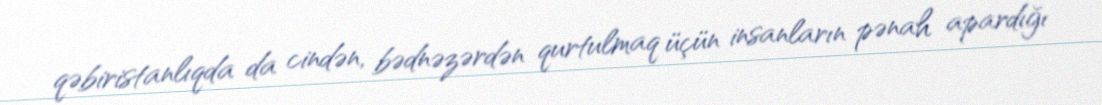
qəbiristanlıqda da cindən, bədnəzərdən qurtulmaq üçün insanların pənah apardığı